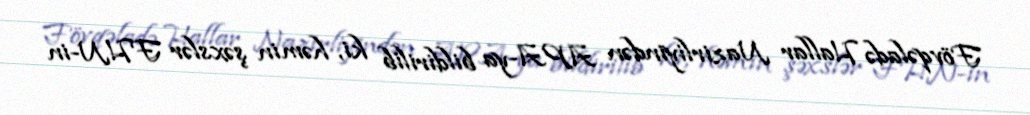
Fövqəladə Hallar Nazirliyindən APA-ya bildirilib ki, həmin şəxslər FHN-in